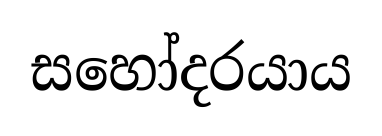
සහෝදරයාය